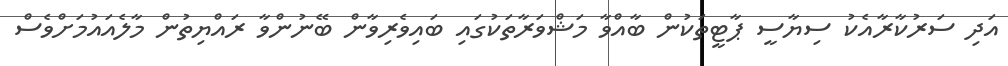
އަދި ސަރުކާރާއެކު ސިޔާސީ ޕާޓީތަކުން ބާއްވާ މަޝްވަރާތަކުގައި ބައިވެރިވާން ބޭނުންވާ ރައްޔިތުން މާލެއައުމަށްވެސް